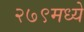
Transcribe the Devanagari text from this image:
२७९मध्ये